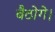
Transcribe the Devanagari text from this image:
बैठोगे।